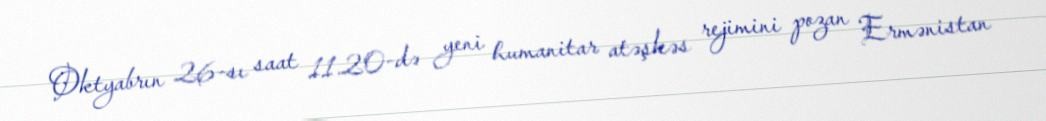
Oktyabrın 26-sı saat 11.20-də yeni humanitar atəşkəs rejimini pozan Ermənistan